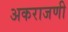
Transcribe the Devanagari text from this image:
अकराजणी